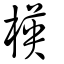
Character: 楧